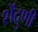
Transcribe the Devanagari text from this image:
शेंदुणी